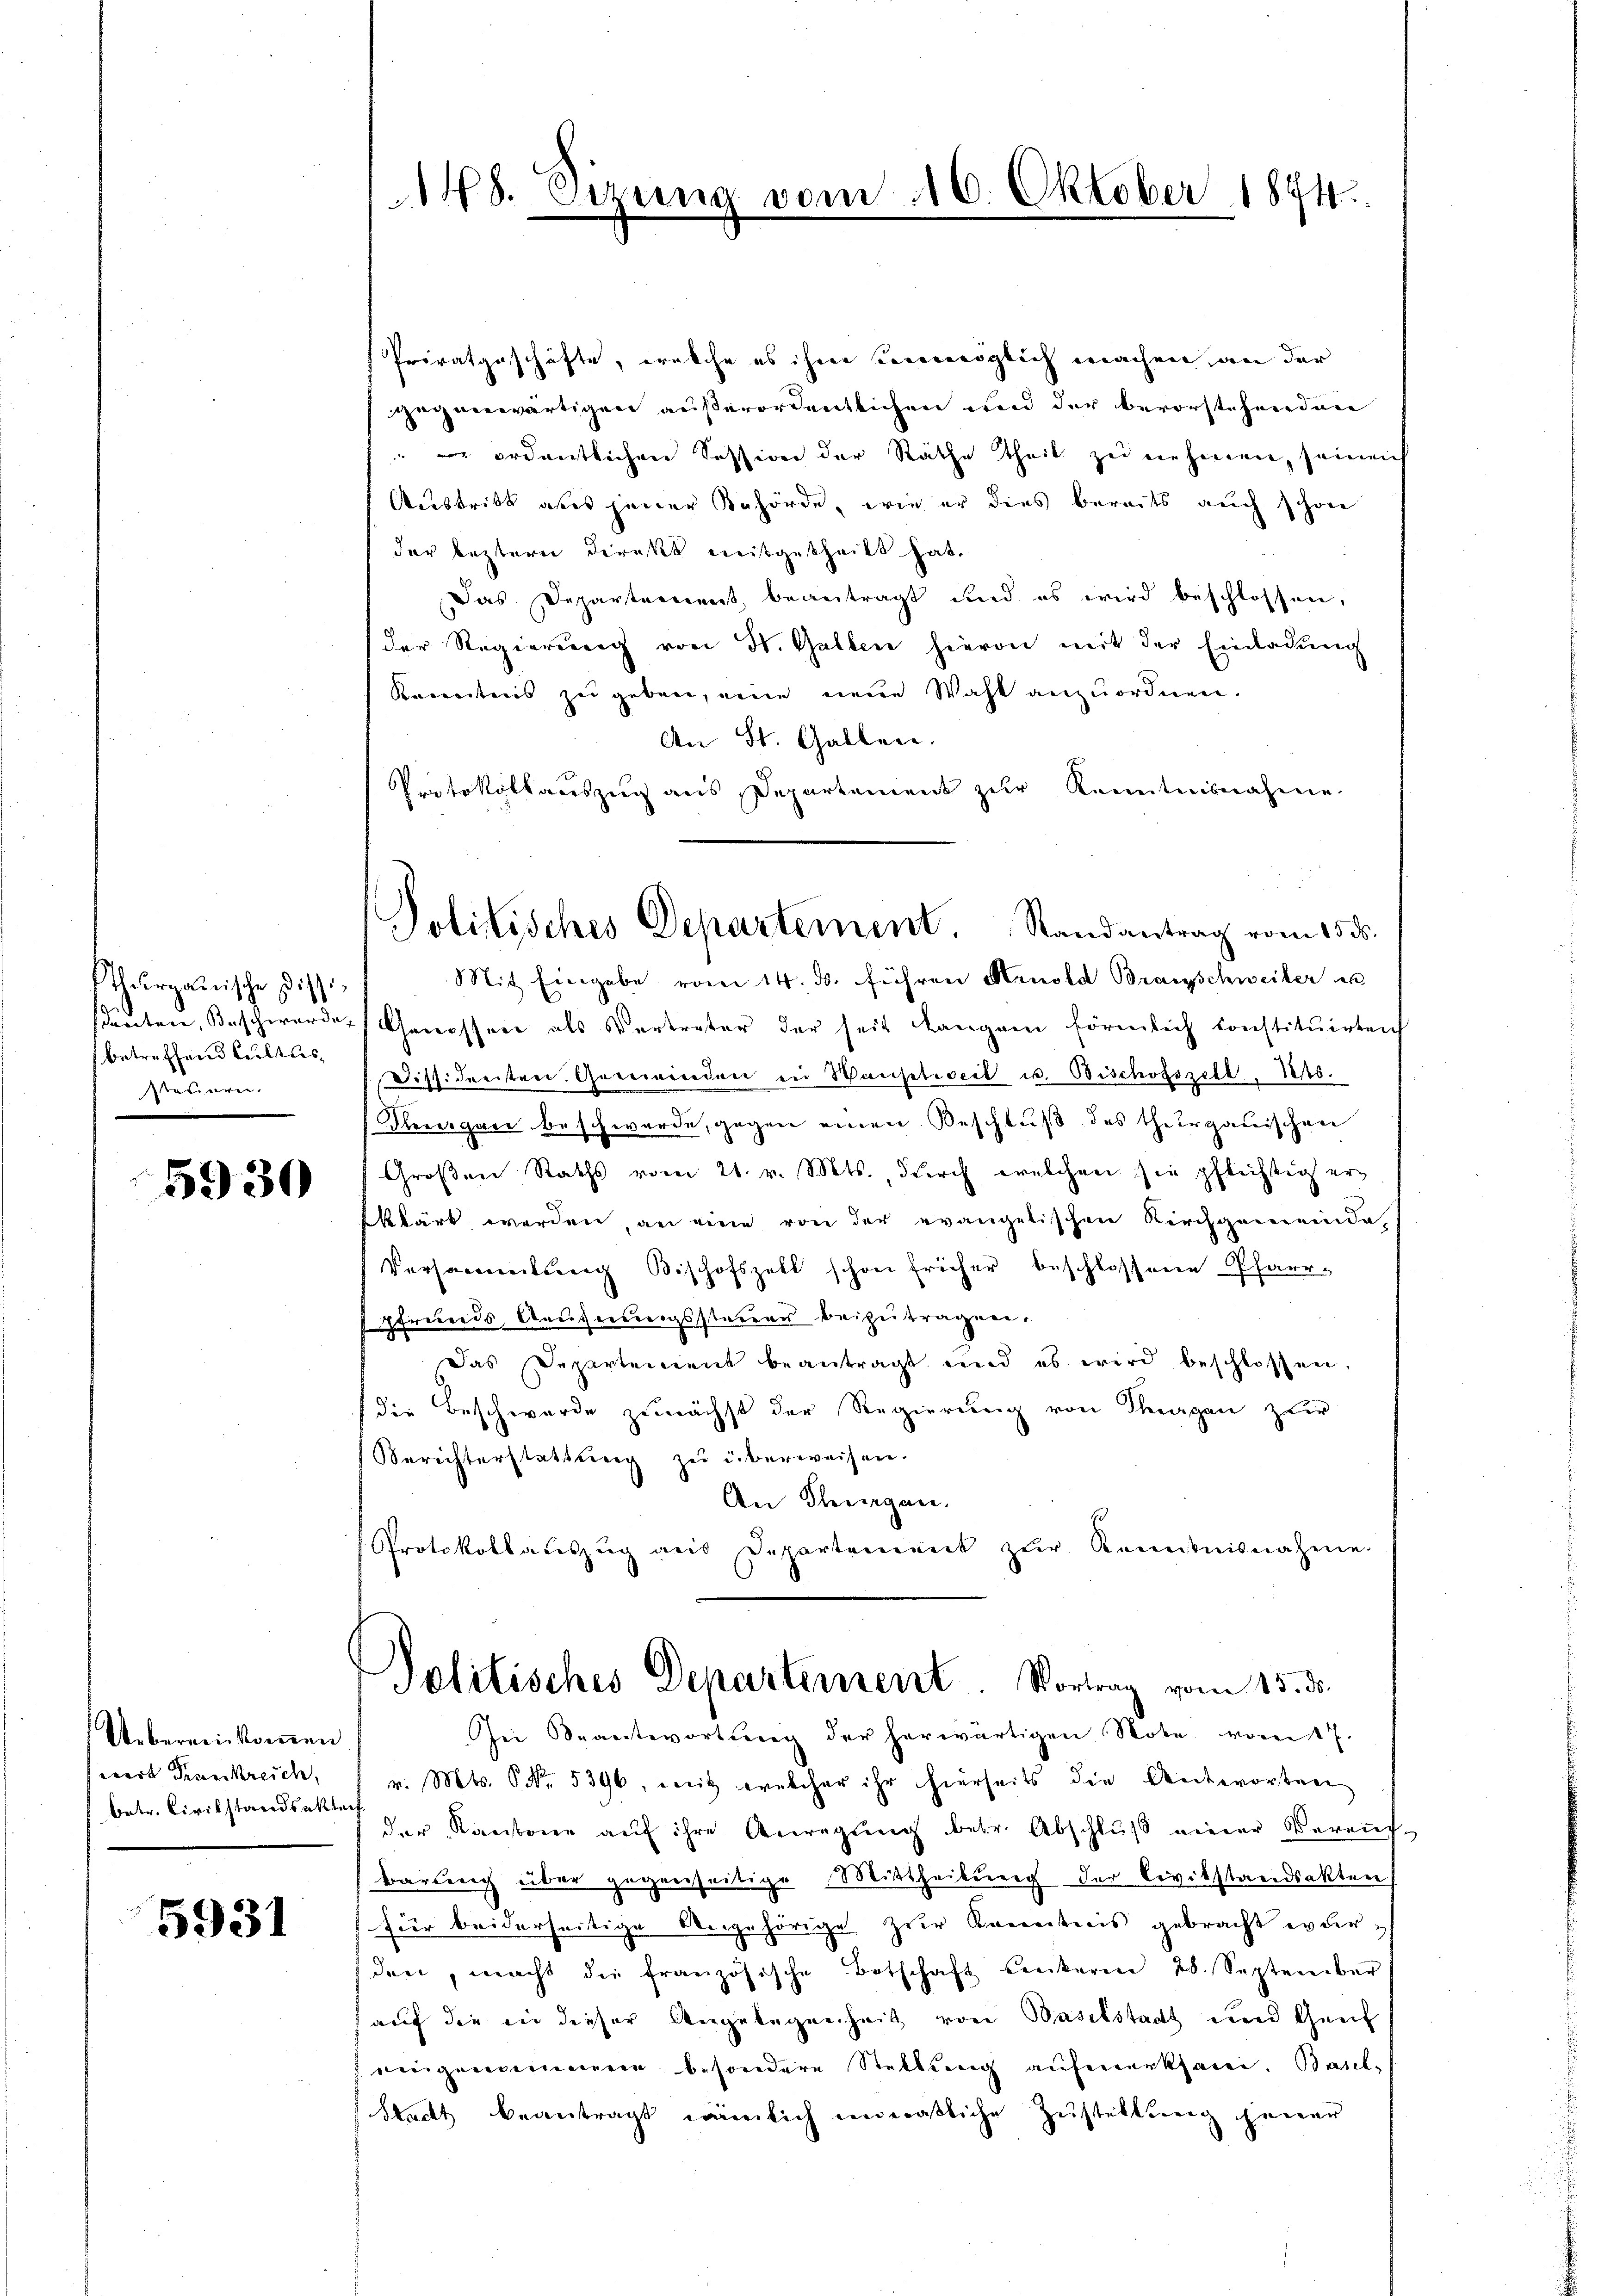
thurgauische Dissibetreffend Kultus,
steuern.

5930

Uebereinkommen
wert Frankreich,
betr. Civilstandsakterf

5931

145. Etzung vom 16. Oktober 1874.

Privatgeschäfte, welche es ihm unmöglich machen an der
gegenwärtigen außerordentlichen und der bevorstehenden
 ordentlichen Session der Räthe theil zu nehmen, seinen
Austritt aber jener Behörde, wie er dies bereits auch schon
der leztern direkt mitgetheilt hat.
Das Departement beantragt und es wird beschlossen,
der Regierung von St. Gallen hievon mit der Einladung
Kenntnis zu geben, eine neue Wahl anzuordnen.
An St. Gallen.
Protokollauszug aus Departement zur Kenntnisnahme
Mit Eingabe vom 14. ds. führen Hrnold Branschweiber es
santen, Beschwerdes Genossen als Vertreter der seit langen förmlich constitŭirten
Diss. dreiten. Gewinden in Hansetweil u. Bischosszell. Mts.
Pergane beschwerde, gegen einen Beschluß des thurgauischen
Großen Raths vom 21. v. Mts., durch welchen sie pflichtig er
klärt werden, an eine von der evangelischen Kirchgemeinde
Versammlung Bischofszell schon früher beschlossene Pfarr-
pfreunds Ausserungsstamens beizutragen.
Das Departement beantragt und es wird beschlossen,
(die Beschwerde zunächst der Regierung von Thurgau zur
Berichterstattŭng zŭ überweisen.
An Thurgan.
Protokollauszug aus Departement zŭr Kenntnisnahme.
Politisches Departement. Vortrag vom 15. ds.
Bei Beantwortung der herwärtigen Note vom 17.
v. Mts. S. Nr. 5396, weit welcher ihr hierseits die Antworten
der Kantone aŭf ihre Anregŭng betr. Abschlŭβ einer Vereit-
barlich über gegenseitige Mittheilung der Civilstandsakten
für beiderseitige Angehörige zur Kenntnis gebracht wurden, macht die französische Botschaft einterm 28. September
auf die in dieser Angelegenheit von Baselstadt und Genf
eingenommene besondere Stellteng aufmerksame. Basel-
Stadt beantragt nämlich unmaßliche Zustellung jener

Politisches Departement. Randantrag vom 15. ds.